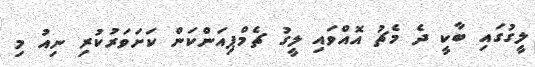
ލީގުގައި ބާކީ ދެ މެޗު އޮއްވައި ލީގު ޗެމްޕިއަންކަން ކަށަވަރުކުރި ނިއު މި